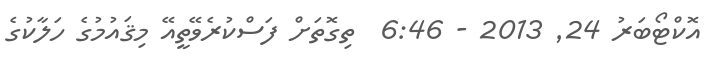
އޮކްޓޯބަރު 24